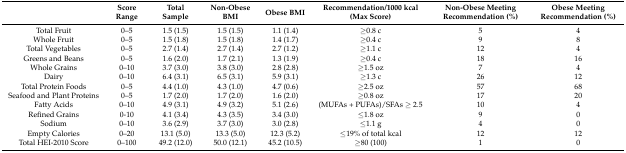
<table><thead><tr><td></td><td><b>Score Range</b></td><td><b>Total Sample</b></td><td><b>Non-Obese BMI</b></td><td><b>Obese BMI</b></td><td><b>Recommendation/1000 kcal (Max Score)</b></td><td><b>Non-Obese Meeting Recommendation (%)</b></td><td><b>Obese Meeting Recommendation (%)</b></td></tr></thead><tbody><tr><td>Total Fruit</td><td>0–5</td><td>1.5 (1.5)</td><td>1.5 (1.5)</td><td>1.1 (1.4)</td><td>≥0.8 c</td><td>5</td><td>4</td></tr><tr><td>Whole Fruit</td><td>0–5</td><td>1.5 (1.8)</td><td>1.5 (1.8)</td><td>1.4 (1.7)</td><td>≥0.4 c</td><td>9</td><td>8</td></tr><tr><td>Total Vegetables</td><td>0–5</td><td>2.7 (1.4)</td><td>2.7 (1.4)</td><td>2.7 (1.2)</td><td>≥1.1 c</td><td>12</td><td>4</td></tr><tr><td>Greens and Beans</td><td>0–5</td><td>1.6 (2.0)</td><td>1.7 (2.1)</td><td>1.3 (1.9)</td><td>≥0.4 c</td><td>18</td><td>16</td></tr><tr><td>Whole Grains</td><td>0–10</td><td>3.7 (3.0)</td><td>3.8 (3.0)</td><td>2.8 (2.8)</td><td>≥1.5 oz</td><td>7</td><td>4</td></tr><tr><td>Dairy</td><td>0–10</td><td>6.4 (3.1)</td><td>6.5 (3.1)</td><td>5.9 (3.1)</td><td>≥1.3 c</td><td>26</td><td>12</td></tr><tr><td>Total Protein Foods</td><td>0–5</td><td>4.4 (1.0)</td><td>4.3 (1.0)</td><td>4.7 (0.6)</td><td>≥2.5 oz</td><td>57</td><td>68</td></tr><tr><td>Seafood and Plant Proteins</td><td>0–5</td><td>1.7 (2.0)</td><td>1.7 (2.0)</td><td>1.6 (2.0)</td><td>≥0.8 oz</td><td>17</td><td>20</td></tr><tr><td>Fatty Acids</td><td>0–10</td><td>4.9 (3.1)</td><td>4.9 (3.2)</td><td>5.1 (2.6)</td><td>(MUFAs + PUFAs)/SFAs ≥ 2.5</td><td>10</td><td>4</td></tr><tr><td>Refined Grains</td><td>0-10</td><td>4.1 (3.4)</td><td>4.3 (3.5)</td><td>3.4 (3.0)</td><td>≤1.8 oz</td><td>9</td><td>0</td></tr><tr><td>Sodium</td><td>0–10</td><td>3.6 (2.9)</td><td>3.7 (3.0)</td><td>3.0 (2.8)</td><td>≤1.1 g</td><td>4</td><td>0</td></tr><tr><td>Empty Calories</td><td>0–20</td><td>13.1 (5.0)</td><td>13.3 (5.0)</td><td>12.3 (5.2)</td><td>≤19% of total kcal</td><td>12</td><td>12</td></tr><tr><td>Total HEI-2010 Score</td><td>0–100</td><td>49.2 (12.0)</td><td>50.0 (12.1)</td><td>45.2 (10.5)</td><td>≥80 (100)</td><td>1</td><td>0</td></tr></tbody></table>